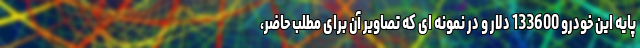
پایه این خودرو 133600 دلار و در نمونه ای که تصاویر آن برای مطلب حاضر،